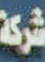
شركة